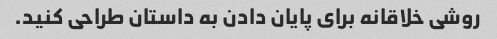
روشی خلاقانه برای پایان دادن به داستان طراحی کنید.